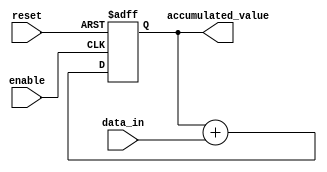
module accumulator (
    input wire reset,
    input wire enable,
    input wire [7:0] data_in,
    output wire [15:0] accumulated_value
);

reg [15:0] accumulator_value;

always @(posedge enable or posedge reset) begin
    if (reset)
        accumulator_value <= 16'b0;
    else if (enable)
        accumulator_value <= accumulator_value + data_in;
end

assign accumulated_value = accumulator_value;

endmodule